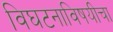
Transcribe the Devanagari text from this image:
विघटनाविषयीचा